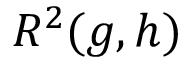
R ^ { 2 } ( g , h )